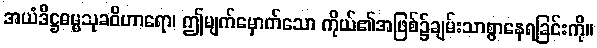
အယံဒိဋ္ဌဓမ္မသုခဝိဟာရော၊ ဤမျက်မှောက်သော ကိုယ်၏အဖြစ်၌ချမ်းသာစွာနေရခြင်းကို။